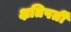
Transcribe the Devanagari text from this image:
क्षतिपर्ती